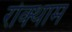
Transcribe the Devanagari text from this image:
रोक्थाम